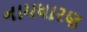
નામધારણ